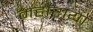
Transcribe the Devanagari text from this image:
महाराया